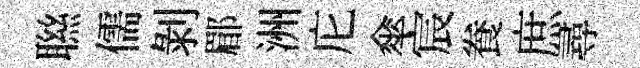
聮儒剝郿洲庀傘宸飬庶尋